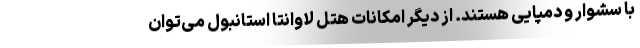
با سشوار و دمپایی هستند. از دیگر امکانات هتل لاوانتا استانبول می‌توان